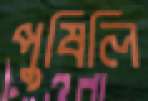
পুষিলি